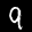
Label: 9